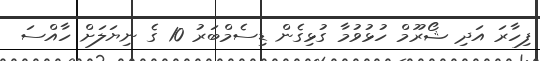
ފިހާރަ އަދި ޝޯރޫމް ހުޅުވުމާ ގުޅިގެން ޑިސެމްބަރު 10 ގެ ނިޔަލަށް ހާއްސަ